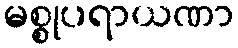
မစ္စုပရာယဏာ